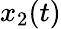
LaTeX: x_{2}(t)